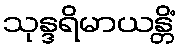
သုန္ဒရိမာယန္တိံ